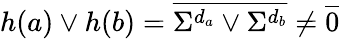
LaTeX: h(a)\vee h(b)=\overline{{\Sigma^{d_{a}}\vee\Sigma^{d_{b}}}}\neq\overline{{0}}